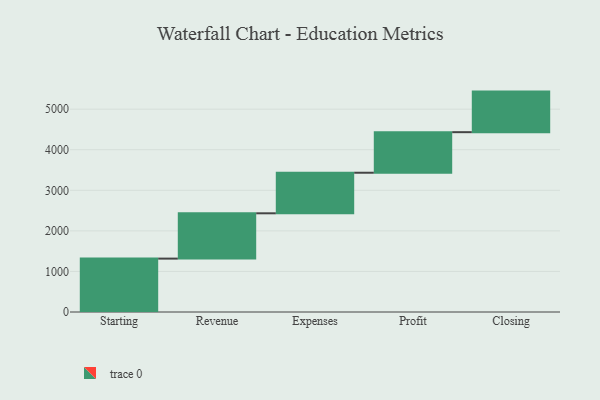
{"axis": {"x": "Step", "y": "Value"}, "legend": [""], "data": [{"x": "Starting", "y": 1316.0, "type": ""}, {"x": "Revenue", "y": 1117.0, "type": ""}, {"x": "Expenses", "y": 1000, "type": ""}, {"x": "Profit", "y": 1000, "type": ""}, {"x": "Closing", "y": 1000, "type": ""}]}